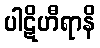
ပါဋိဟီရာနိ